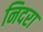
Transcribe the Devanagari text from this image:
निदरा